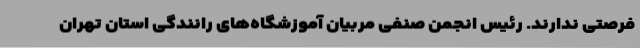
فرصتی ندارند. رئیس انجمن صنفی مربیان آموزشگاه‌های رانندگی استان تهران